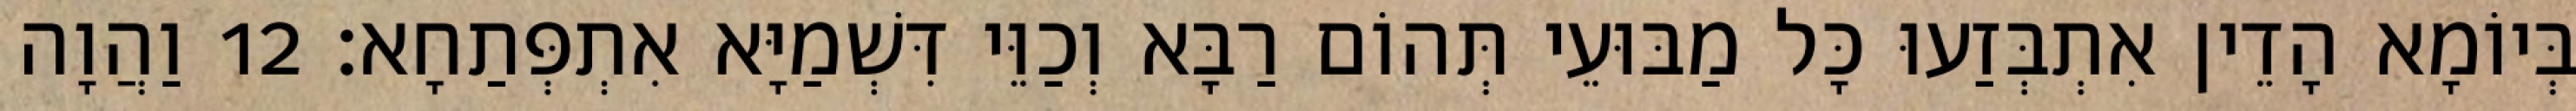
בְּיוֹמָא הָדֵין אִתְבְּזַעוּ כָּל מַבּוּעֵי תְּהוֹם רַבָּא וְכַוֵּי דִּשְׁמַיָּא אִתְפְּתַחָא׃ 12 וַהֲוָה